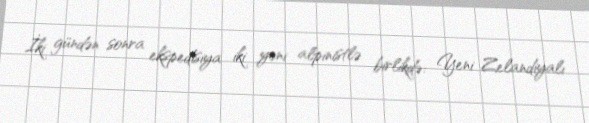
İki gündən sonra ekspedisiya iki yeni alpinistlə birlikdə: Yeni Zelandiyalı